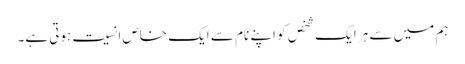
ہم میں سے ہر ایک شخص کو اپنے نام سے ایک خاص انسیت ہوتی ہے۔